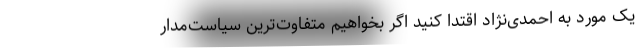
یک مورد به احمدی‌نژاد اقتدا کنید اگر بخواهیم متفاوت‌ترین سیاست‌مدار